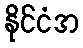
နိုင်ငံအ